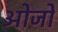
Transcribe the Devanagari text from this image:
ओजो